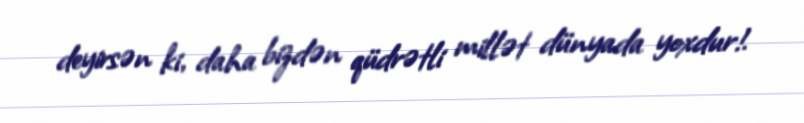
deyirsən ki, daha bizdən qüdrətli millət dünyada yoxdur!.